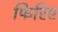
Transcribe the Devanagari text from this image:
फिरिए